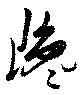
巉